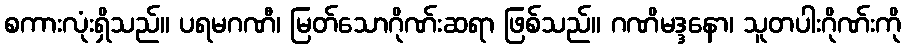
စကားလုံးရှိသည်။ ပရမဂဏီ၊ မြတ်သောဂိုဏ်းဆရာ ဖြစ်သည်။ ဂဏိမဒ္ဒနော၊ သူတပါးဂိုဏ်းကို